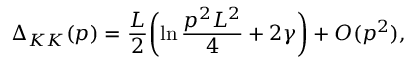
\Delta _ { K K } ( p ) = { \frac { L } { 2 } } \biggl ( \ln { \frac { p ^ { 2 } L ^ { 2 } } { 4 } } + 2 \gamma \biggr ) + { \cal O } ( p ^ { 2 } ) ,